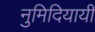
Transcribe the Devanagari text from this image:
नुमिदियायी